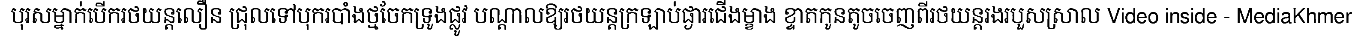
បុរសម្នាក់បើករថយន្តលឿន ជ្រុលទៅបុករបាំងថ្មចែកទ្រូងផ្លូវ បណ្តាលឱ្យរថយន្តក្រឡាប់ផ្ងារជើងម្ខាង ខ្ទាតកូនតូចចេញពីរថយន្តរងរបួសស្រាល Video inside - MediaKhmer